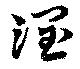
潤